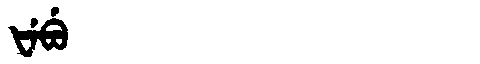
Manchu: ᡶᡝᠪᡠ
Romanization: FEBU